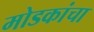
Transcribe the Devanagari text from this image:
मोडकांचा